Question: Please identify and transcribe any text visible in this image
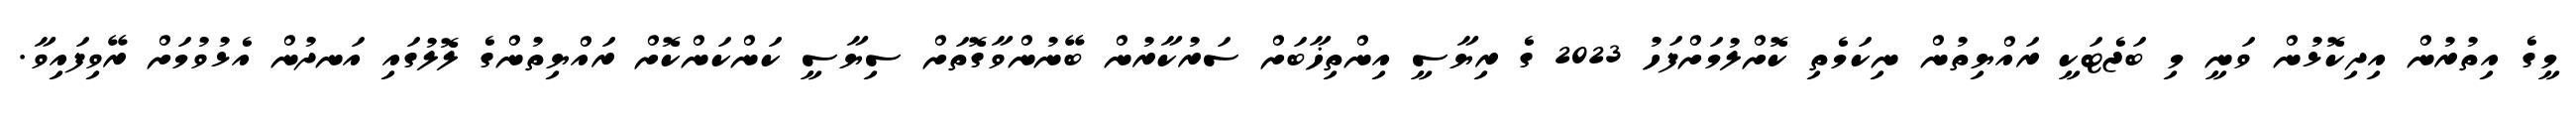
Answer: މީގެ އިތުރުން އިދިކޮޅުން ވަނީ މި ބަޖެޓަކީ ރައްޔިތުން ނިކަމެތި ކޮށްލުމަށްފަހު 2023 ގެ ރިޔާސީ އިންތިޚާބަށް ސަރުކާރުން ބޭނުންވާގޮތަށް ސިޔާސީ ކަންކަންކޮށް ރައްޔިތުންގެ ލޮލުގައި އަނދުން އެޅުވުމަށް ރޭވިފައިވާ.